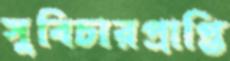
সুবিচারপ্রাপ্তি